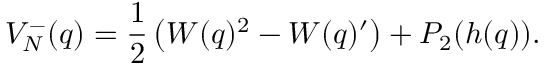
V _ { \cal N } ^ { - } ( q ) = \frac 1 2 \left( W ( q ) ^ { 2 } - W ( q ) ^ { \prime } \right) + P _ { 2 } ( h ( q ) ) .